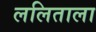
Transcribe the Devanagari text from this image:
ललिताला